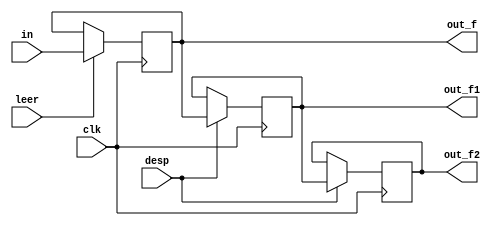
`timescale 1ns / 1ps
//////////////////////////////////////////////////////////////////////////////////
// Company: 
// Engineer: 
// 
// Design Name: 
// Module Name:    mem 
// Project Name: 
// Target Devices: 
// Tool versions: 
// Description: 
//
// Dependencies: 
//
// Revision: 
// Revision 0.01 - File Created
// Additional Comments: 
//
//////////////////////////////////////////////////////////////////////////////////
module mem#(parameter cant_bits = 25)(
					input wire [cant_bits-1:0] in,
					input wire leer, desp, clk,
					output reg [cant_bits-1:0] out_f, out_f1, out_f2
    );

reg [cant_bits-1:0] fss [0:2];

initial
	begin
		fss[0] = 25'b0;
		fss[1] = 25'b0;
		fss[2] = 25'b0;
		out_f = 25'b0;
		out_f1 = 25'b0;
		out_f2 = 25'b0;
	end

always @ (posedge clk)
	if(leer)
		fss[0] = in;
	else
		fss[0] = fss[0];

always @ (posedge clk)
	if(desp)
		begin
			fss[2] = fss[1];
			fss[1] = fss[0];
		end
	else
		begin
			fss[2] = fss[2];
			fss[1] = fss[1];
		end
			
always @ *
	begin
		out_f = fss[0]; 
		out_f1 = fss[1]; 
		out_f2 = fss[2];
	end
endmodule